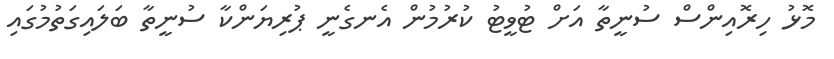
މޮޅު ހިރޮއިންސް ސުނީތާ އަށް ޓުވީޓު ކުރުމުން އެނގެނީ ޕުރިޔަންކާ ސުނީތާ ބަލައިގަތުމުގައި